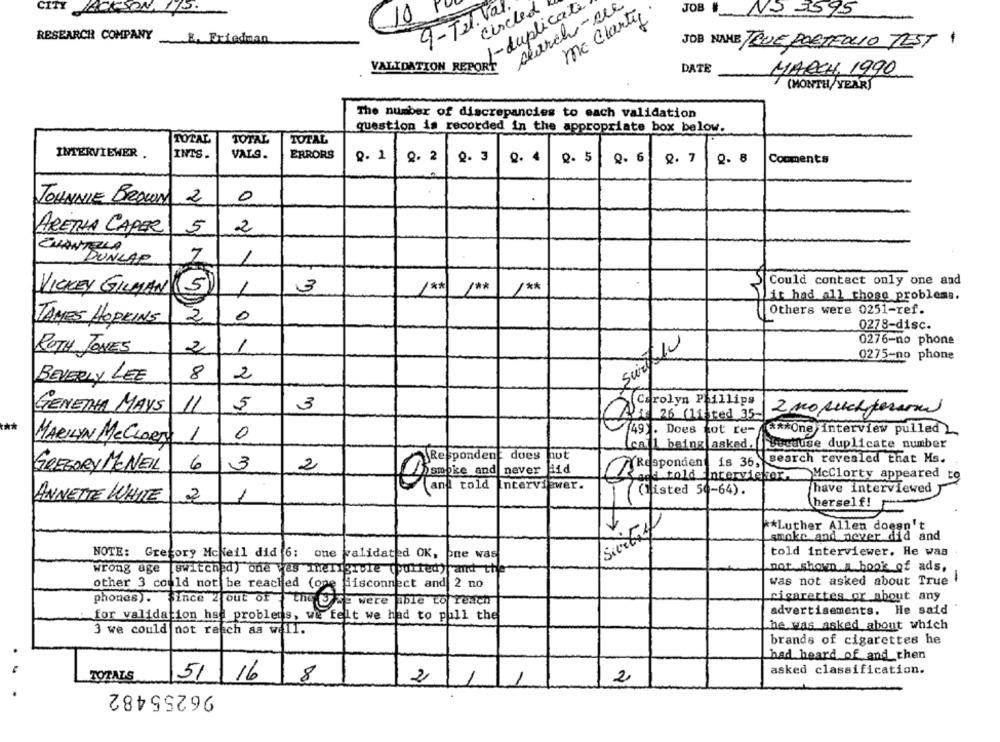
circled
1-duplicate
search-ccc
9-Tel. Va
mc Clarty
JOB #
NO 3595
10
RESEARCH COMPANY E. Friedman
JOB NAME TRUE,PORTFOLIO TEST 1
VALIDATION REPORT
DATE
MARCH 1990
(MONTH/ YEAR]
The number of discrepancies to each validation
question is recorded in the appropriate box below.
TOTAL
TOTAL
TOTAL
INTERVIEWER .
INTS -
VALS.
ERRORS
8.1
8. 2
Q. 3
Q. 4
0. 5
Q. 6
2. 7
2. 8
Comments
JOHNNIE BROWN
2
0
ARETHA CAPER
5
2
CHANTELA
DUNLAP
Could contact only one and
1
3
/ **
/ **
VISKEY GILMAN
5)
it had all those problems.
Others were 0251-ref.
2
0
TAMES HOPKINS
0278-disc.
0276-no phone
2
1
ROTH JONES
0275-no phone
BEVERLY LEE
8
2
GENETHA MAYS
11
5
3
Carolyn Phillips
2 no such ferari
At 26 (listed 35-
***
(49) . Does not re-
0
*** One)interview pulled 2
MARILYN MeCLORI 1
Leall being asked. () because duplicate number
Respondent does
Respondent is 36, search revealed that Ms.
6
3
2
GREGORY MCNEIL
Sede told Intervietor.
McClorty appeared to
Ografie and never and
have interviewed
ANNETTE WHITE
1
and told Interviewer.
2
Trafisted 50-64) .
herself!
** Luther Allen doesn't
sintef
smoke and never did and
NOTE: Gregory Mckeil did 6:
one wvalidated OK,
one was
told interviewer. He was
wrong age
switched) one was mergible (purted) and the"
not shown A book of ads,
.1
other 3 could not be reached (one disconnect and 2 no
was not asked about True
phones). Since 2 out of
the y &E were able to reach
cigarettes or about any
for validation hse problems, we felt we had to pull the
advertisements. He said
3 we could not reach as well.
he was asked about which
brands of cigarettes he
had heard of and then
asked classification.
TOTALS
51 16
8
2
1
1
2
96255482